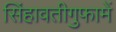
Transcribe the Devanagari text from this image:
सिंहावतीगुफामें